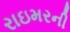
રાઇમરની